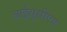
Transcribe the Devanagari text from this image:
आईयूसीएए